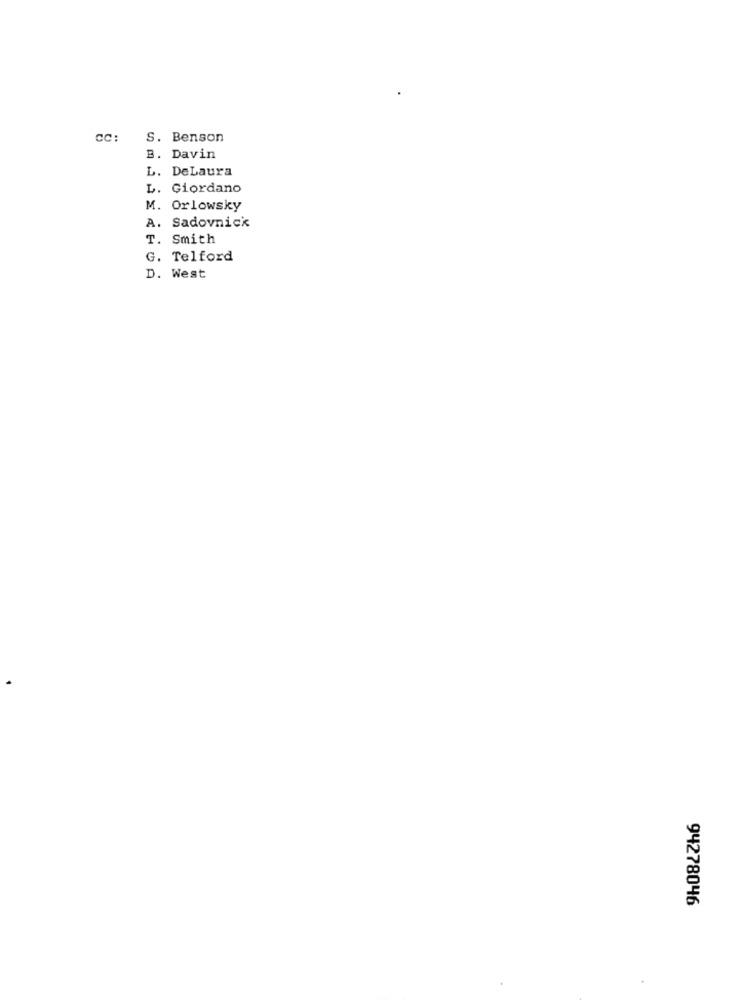
CC:
S. Benson
B. Davin
L. DeLaura
L. Giordano
M. Orlowsky
A. Sadovnick
T. Smith
G. Telford
D. West
94278046